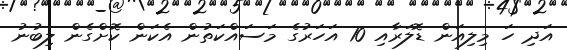
އަދި ހަ މިލިއަން ޑޮލަރާއި 10 އަހަރުގެ މަސައްކަތުން އެކަން ކޮށްގެން ލިބުނު